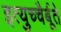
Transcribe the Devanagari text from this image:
इत्युच्चैर्बूते